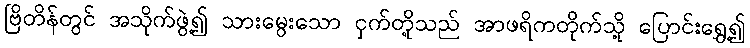
ဗြိတိန်တွင် အသိုက်ဖွဲ့၍ သားမွေးသော ငှက်တို့သည် အာဖရိကတိုက်သို့ ပြောင်းရွှေ့၍